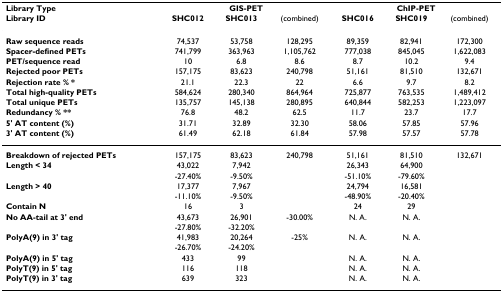
<table><thead><tr><td><b>Library Type</b></td><td colspan="3"><b>GIS-PET</b></td><td colspan="3"><b>ChIP-PET</b></td></tr><tr><td><b>Library ID</b></td><td><b>SHC012</b></td><td><b>SHC013</b></td><td><b>(combined)</b></td><td><b>SHC016</b></td><td><b>SHC019</b></td><td><b>(combined)</b></td></tr></thead><tbody><tr><td><b>Raw sequence reads</b></td><td>74,537</td><td>53,758</td><td>128,295</td><td>89,359</td><td>82,941</td><td>172,300</td></tr><tr><td><b>Spacer-defined PETs</b></td><td>741,799</td><td>363,963</td><td>1,105,762</td><td>777,038</td><td>845,045</td><td>1,622,083</td></tr><tr><td><b>PET/sequence read</b></td><td>10</td><td>6.8</td><td>8.6</td><td>8.7</td><td>10.2</td><td>9.4</td></tr><tr><td><b>Rejected poor PETs</b></td><td>157,175</td><td>83,623</td><td>240,798</td><td>51,161</td><td>81,510</td><td>132,671</td></tr><tr><td><b>Rejection rate % *</b></td><td>21.1</td><td>22.3</td><td>22</td><td>6.6</td><td>9.7</td><td>8.2</td></tr><tr><td><b>Total high-quality PETs</b></td><td>584,624</td><td>280,340</td><td>864,964</td><td>725,877</td><td>763,535</td><td>1,489,412</td></tr><tr><td><b>Total unique PETs</b></td><td>135,757</td><td>145,138</td><td>280,895</td><td>640,844</td><td>582,253</td><td>1,223,097</td></tr><tr><td><b>Redundancy % **</b></td><td>76.8</td><td>48.2</td><td>62.5</td><td>11.7</td><td>23.7</td><td>17.7</td></tr><tr><td><b>5&#x27; AT content (%)</b></td><td>31.71</td><td>32.89</td><td>32.30</td><td>58.06</td><td>57.85</td><td>57.96</td></tr><tr><td><b>3&#x27; AT content (%)</b></td><td>61.49</td><td>62.18</td><td>61.84</td><td>57.98</td><td>57.57</td><td>57.78</td></tr><tr><td><b>Breakdown of rejected PETs</b></td><td>157,175</td><td>83,623</td><td>240,798</td><td>51,161</td><td>81,510</td><td>132,671</td></tr><tr><td><b>Length &lt; 34</b></td><td>43,022</td><td>7,942</td><td></td><td>26,343</td><td>64,900</td><td></td></tr><tr><td></td><td>-27.40%</td><td>-9.50%</td><td></td><td>-51.10%</td><td>-79.60%</td><td></td></tr><tr><td><b>Length &gt; 40</b></td><td>17,377</td><td>7,967</td><td></td><td>24,794</td><td>16,581</td><td></td></tr><tr><td></td><td>-11.10%</td><td>-9.50%</td><td></td><td>-48.90%</td><td>-20.40%</td><td></td></tr><tr><td><b>Contain N</b></td><td>16</td><td>3</td><td></td><td>24</td><td>29</td><td></td></tr><tr><td><b>No AA-tail at 3&#x27; end</b></td><td>43,673</td><td>26,901</td><td>-30.00%</td><td>N. A.</td><td>N. A.</td><td></td></tr><tr><td></td><td>-27.80%</td><td>-32.20%</td><td></td><td></td><td></td><td></td></tr><tr><td><b>PolyA(9) in 3&#x27; tag</b></td><td>41,983</td><td>20,264</td><td>-25%</td><td>N. A.</td><td>N. A.</td><td></td></tr><tr><td></td><td>-26.70%</td><td>-24.20%</td><td></td><td></td><td></td><td></td></tr><tr><td><b>PolyA(9) in 5&#x27; tag</b></td><td>433</td><td>99</td><td></td><td>N. A.</td><td>N. A.</td><td></td></tr><tr><td><b>PolyT(9) in 5&#x27; tag</b></td><td>116</td><td>118</td><td></td><td>N. A.</td><td>N. A.</td><td></td></tr><tr><td><b>PolyT(9) in 3&#x27; tag</b></td><td>639</td><td>323</td><td></td><td>N. A.</td><td>N. A.</td><td></td></tr></tbody></table>